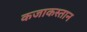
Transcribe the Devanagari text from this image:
कजाकस्तान